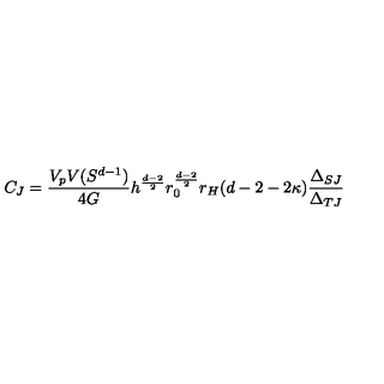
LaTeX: C _ { J } = \frac { V _ { p } V ( S ^ { d - 1 } ) } { 4 G } h ^ { \frac { d - 2 } { 2 } } r _ { 0 } ^ { \frac { d - 2 } { 2 } } r _ { H } ( d - 2 - 2 \kappa ) \frac { \Delta _ { S J } } { \Delta _ { T J } }